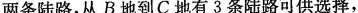
两条陆路，从B地到C地有3条陆路可供选择，